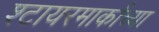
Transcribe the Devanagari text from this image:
श्टायरमार्काच्या